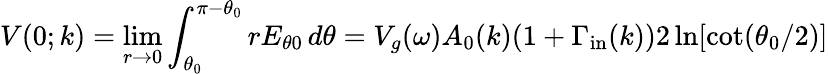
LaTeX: V(0;k)=\operatorname*{lim}_{r\to 0}\int_{\theta_{0}}^{\pi-\theta_{0}}rE_{\theta 0}\, d\theta=V_{g}(\omega)A_{0}(k)(1+\Gamma_{\mathrm{in}}(k))2\ln[\cot(\theta_{0}/2)]